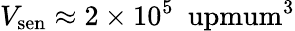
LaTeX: V_{\mathrm{sen}}\approx 2\times 10^{5}~\mathrm{\ upmum^{3}}